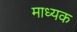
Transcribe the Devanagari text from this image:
माध्यक